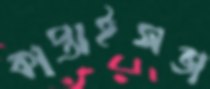
কাপ্তাইসভা